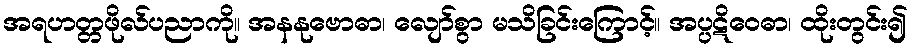
အရဟတ္တဖိုလ်ပညာကို။ အနနုဗောဓာ၊ လျော်စွာ မသိခြင်းကြောင့်။ အပ္ပဋိဝေဓာ၊ ထိုးတွင်း၍